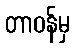
တာဝန်မှ